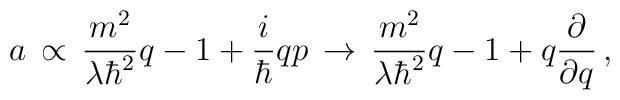
a \, \propto \, \frac{m^2}{ \lambda \hbar^2} q - 1 + \frac{i}{\hbar} q p\, \rightarrow \,\frac{m^2}{ \lambda \hbar^2} q - 1 +  q \frac{ \partial }{ \partial q }\, ,